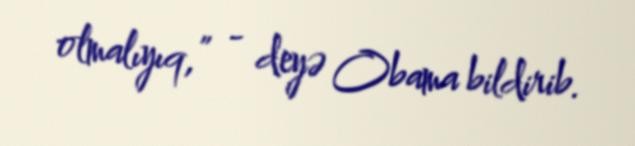
olmalıyıq,” - deyə Obama bildirib.